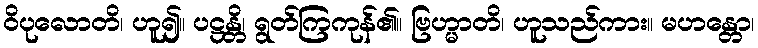
ဝိပုလောတိ၊ ဟူ၍။ ပဋ္ဌန္တိ၊ ရွတ်ကြကုန်၏။ ဗြဟ္မာတိ၊ ဟူသည်ကား။ မဟန္တော၊